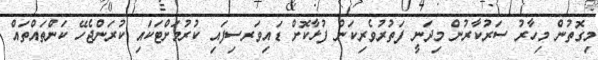
މިގޮތުން މިހާރު ސަރުކާރުން މިދަނީ ފަތުރުވެރިކަން ފުޅާކޮށް ޑައިވަރސިފައި ކުރުމަށްޓަކައި ކުރަންޖެހޭ ކަންތައްތައް